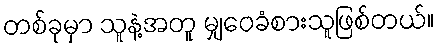
တစ်ခုမှာ သူနဲ့အတူ မျှဝေခံစားသူဖြစ်တယ်။